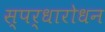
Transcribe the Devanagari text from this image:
स्पर्धारोधन